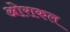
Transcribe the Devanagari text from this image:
ओराकल